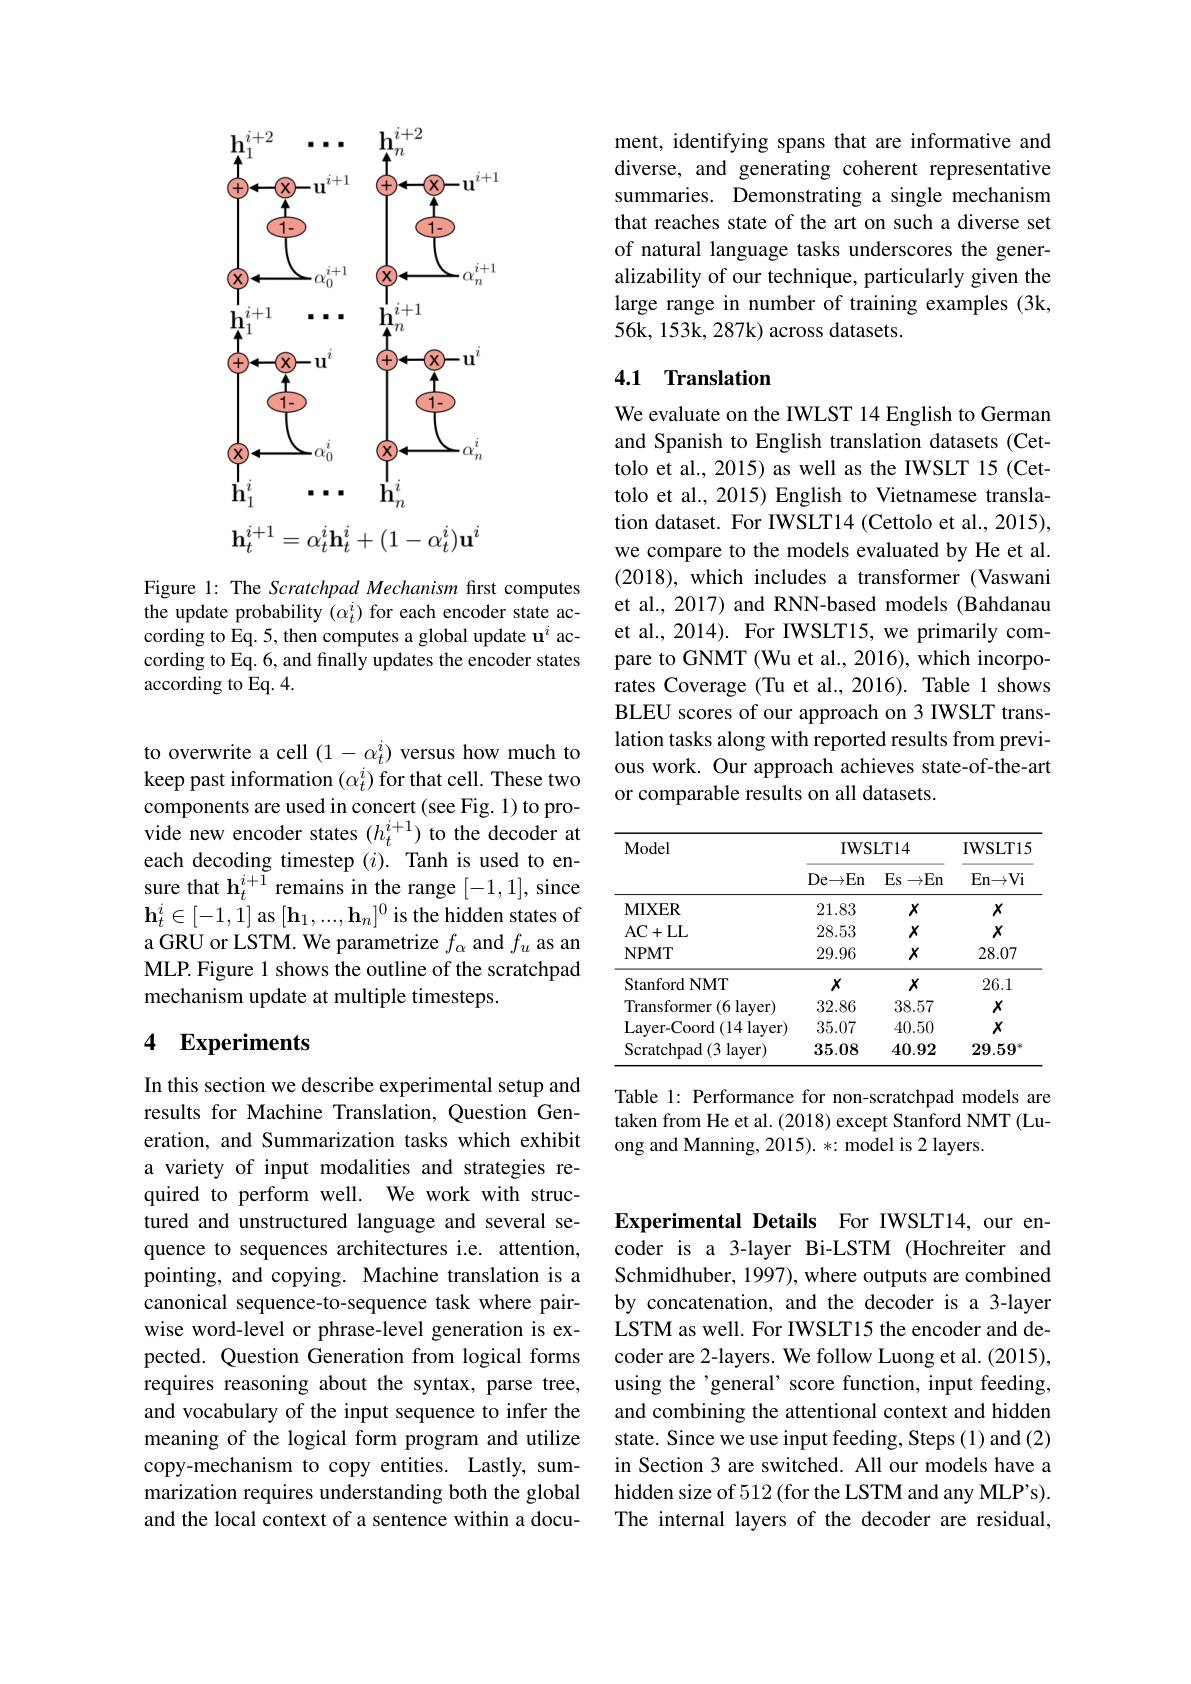
<FigureHere>

Figure 1: The Scratchpad Mechanism first computes the update probability $(\alpha_{t}^{i})$ for each encoder state ac- $\hat{\text{cording to Eq. 5, then computes a global update u}^{i}}$according to Eq. 6, and finally updates the encoder states according to Eq. 4.

to overwrite a cell $(1-\alpha_t^i)$ versus how much to keep past information $(\alpha_{t}^{i})$ for that cell. These two components are used in concert (see Fig. 1) to provide new encoder states $(h_{t}^{i+1})$ to the decoder at each decoding timestep ($i).$ Tanh is used to ensure that $\mathbf{h}_t^{i+1}$ remains in the range [-1,1], since $\mathbf{h}_t^i\in[-1,1]$ as $[\mathbf{h}_1,...,\mathbf{h}_n]^0$ is the hidden states of a GRU or LSTM. We parametrize $f_\alpha$ and $f_u$ as an MLP. Figure 1 shows the outline of the scratchpad mechanism update at multiple timesteps.

## 4 Experiments

In this section we describe experimental setup and results for Machine Translation, Question Generation, and Summarization tasks which exhibit a variety of input modalities and strategies required to perform well. We work with structured and unstructured language and several sequence to sequences architectures i.e. attention, pointing, and copying. Machine translation is a canonical sequence-to-sequence task where pairwise word-level or phrase-level generation is expected. Question Generation from logical forms requires reasoning about the syntax, parse tree, and vocabulary of the input sequence to infer the meaning of the logical form program and utilize copy-mechanism to copy entities. Lastly, summarization requires understanding both the global and the local context of a sentence within a docu-

ment, identifying spans that are informative and diverse, and generating coherent representative summaries. Demonstrating a single mechanism that reaches state of the art on such a diverse set of natural language tasks underscores the generalizability of our technique, particularly given the large range in number of training examples (3k, 56k, 153k, 287k) across datasets.

### 4.1 Translation

We evaluate on the IWLST 14 English to German and Spanish to English translation datasets (Cettolo et al., 2015) as well as the IWSLT 15 (Cettolo et al., 2015) English to Vietnamese translation dataset. For IWSLT14 (Cettolo et al., 2015), we compare to the models evaluated by He et al. (2018), which includes a transformer (Vaswani et al., 2017) and RNN-based models (Bahdanau et al., 2014). For IWSLT15, we primarily compare to GNMT (Wu et al., 2016), which incorporates Coverage (Tu et al.,2016). Table 1 shows BLEU scores of our approach on 3 IWSLT translation tasks along with reported results from previous work. Our approach achieves state-of-the-art or comparable results on all datasets.

<table>
	<tbody>
		<tr>
			<th rowspan="2">Model</th>
			<th colspan="2">IWSLT14</th>
			<th rowspan="2">IWSLT15 $\operatorname{En}$</th>
		</tr>
		<tr>
			<th>De${\rightarrow }$En</th>
			<th>$Es$ $\to$En</th>
		</tr>
		<tr>
			<td>$\mathbf{MIXER}$</td>
			<td>21.83</td>
			<td>$X$</td>
			<td>$X$</td>
		</tr>
		<tr>
			<td>AC+ LL</td>
			<td>28.53</td>
			<td>$X$</td>
			<td>$X$</td>
		</tr>
		<tr>
			<td>NPMT</td>
			<td>29.96</td>
			<td>$X$</td>
			<td>28.07</td>
		</tr>
		<tr>
			<td>Stanford NMT</td>
			<td>$X$</td>
			<td>$X$</td>
			<td>26.1</td>
		</tr>
		<tr>
			<td>Transformer :(6 layer)</td>
			<td>32.86</td>
			<td>38.57</td>
			<td>$X$</td>
		</tr>
		<tr>
			<td>Layer- Coord ( 14 layer) </td>
			<td>35.07</td>
			<td>40.50</td>
			<td>$X$</td>
		</tr>
		<tr>
			<td>$\operatorname{Scratchpad}(3$ layer)</td>
			<td>35.08</td>
			<td>40.92</td>
			<td>$29.59^{*}$</td>
		</tr>
	</tbody>
</table>

Table 1: Performance for non-scratchpad models are taken from He et al. (2018) except Stanford NMT (Luong and Manning, 2015). *: model is 2 layers.

Experimental Details For IWSLT14, our encoder is a 3-layer Bi-LSTM (Hochreiter and Schmidhuber, 1997), where outputs are combined by concatenation, and the decoder is a 3-layer LSTM as well. For IWSLT15 the encoder and decoder are 2-layers. We follow Luong et al. (2015), using the'general' score function, input feeding, and combining the attentional context and hidden state. Since we use input feeding, Steps (1) and (2) in Section 3 are switched. All our models have a hidden size of 512 (for the LSTM and any MLP's). The internal layers of the decoder are residual,